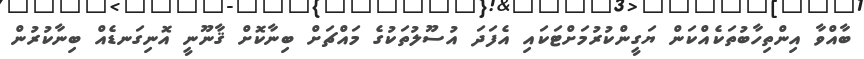
ބާއްވާ އިންތިހާބުތަކެއްކަން ޔަގީންކުރުމަށްޓަކައި އެފަދަ އުސޫލުތަކުގެ މައްޗަށް ބިނާކޮށް ޤާނޫނީ އޮނިގަނޑެއް ބިނާކުރުން